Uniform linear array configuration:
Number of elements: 24
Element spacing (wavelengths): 0.75
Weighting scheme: binomial
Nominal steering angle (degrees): -30
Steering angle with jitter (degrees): -28.823
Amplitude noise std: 0.05
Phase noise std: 0.05

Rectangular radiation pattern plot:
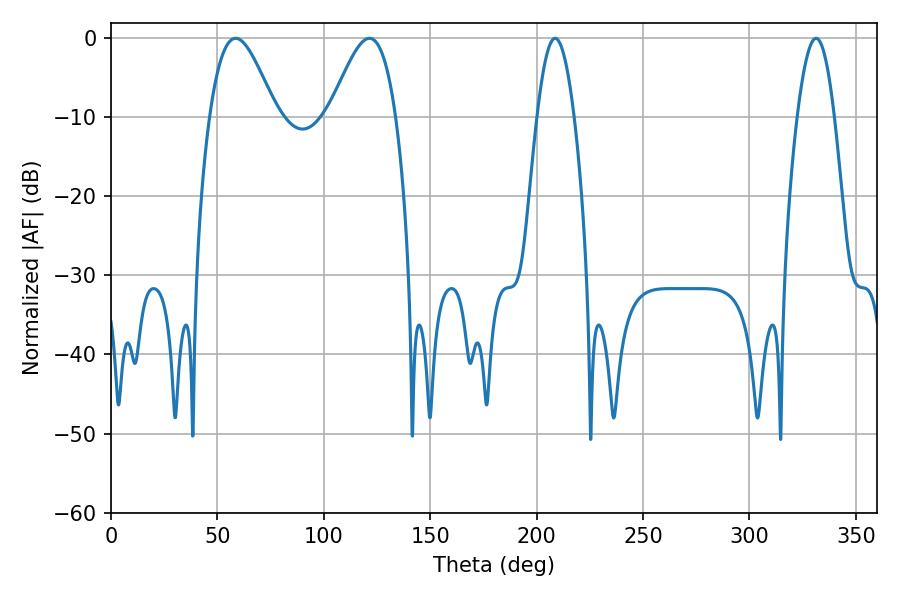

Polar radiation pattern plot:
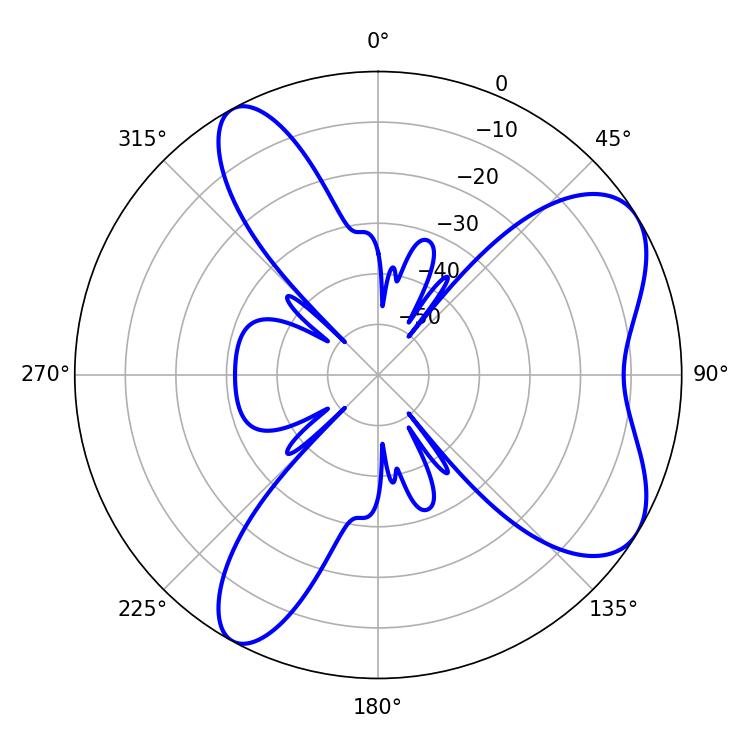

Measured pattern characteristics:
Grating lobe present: TRUE
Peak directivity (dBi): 6.933
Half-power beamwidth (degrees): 16.74
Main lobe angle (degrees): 58.5